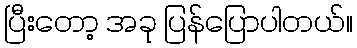
ပြီးတော့ အခု ပြန်ပြောပါတယ်။